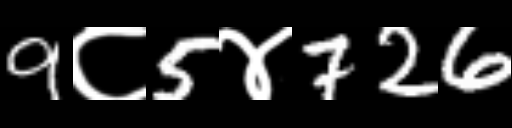
Text: 9८5४726